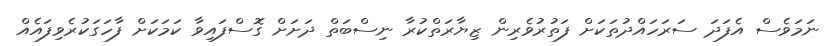
ނަމަވެސް އެފަދަ ސަރަހައްދުތަކަށް ފަތުރުވެރިން ޒިޔާރަތްކުރާ ނިސްބަތް ދަށަށް ގޮސްފައިވާ ކަަމަކަށް ފާހަގަކުރެވިފައެއް